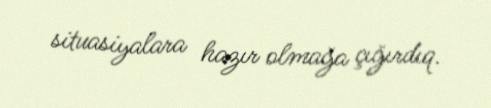
situasiyalara hazır olmağa çığırdıq.